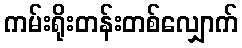
ကမ်းရိုးတန်းတစ်လျှောက်